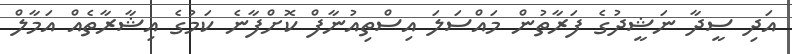
އަދި ސީދާ ނަޝީދުގެ ފަރާތުން މައްސަލަ އިސްތިއުނާފް ކޮށްފާނެ ކަމުގެ އިޝާރާތެއް އަމާލް